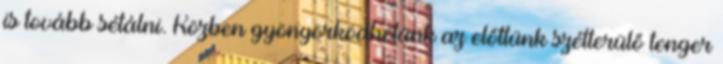
is tovább sétálni. Közben gyönyörködhetünk az előttünk szétterülő tenger